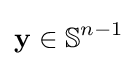
\mathbf {y} \in \mathbb {S} ^{n-1}